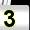
Digit: 3